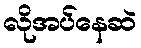
လိုအပ်နေဆဲ